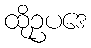
ထိုဥပဒေ